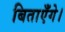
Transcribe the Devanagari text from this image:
बिताएँगे।